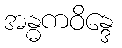
အန္ဓကဝိန္ဒေ